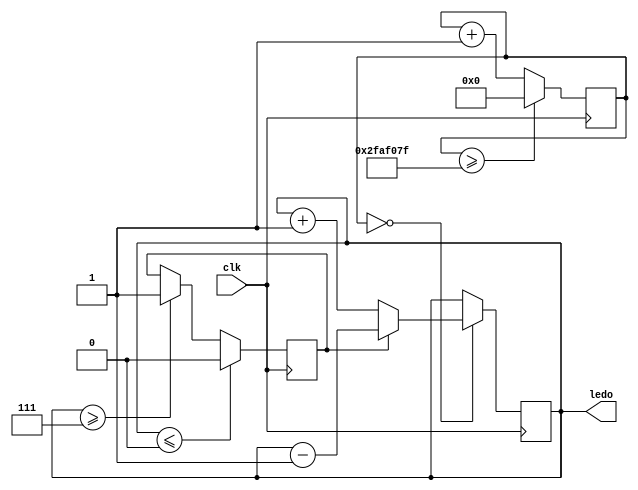
module Lab1(clk,ledo);
input clk;
reg clkout;
output [3:0] ledo;


reg[31:0] counter = 32'd0 ;
parameter frequency = 32'd50000000 ;
reg[3:0] counter1 = 4'd0 ;
reg value = 1'd0 ;
reg direction = 1'd0 ;

always @(posedge clk)
begin
	counter <= counter + 32'd1;
	if (counter >= frequency - 1)
	begin
		counter <= 32'd0;
	end
	if (counter == 0)
	begin
		if (direction == 0)
		begin
			counter1 <= counter1 + 4'd1;
		end
		if (direction == 1)
		begin
			counter1 <= counter1 - 4'd1;
		end
	end
	if (counter1 >= 4'd7)
	begin
		direction <= 1'b1;
	end
	if (counter1 <= 4'd0)
	begin
		direction <= 1'b0;
	end
end




assign ledo = counter1;

endmodule